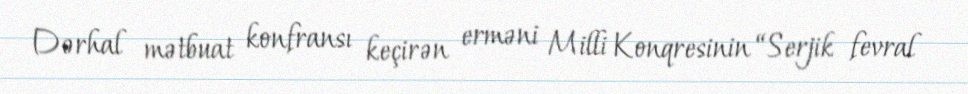
Dərhal mətbuat konfransı keçirən erməni Milli Konqresinin “Serjik fevral